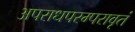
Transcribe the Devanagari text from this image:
अपराधपरम्परावृतं